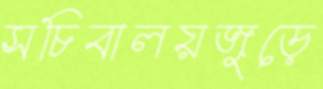
সচিবালয়জুড়ে